Vaccination in the Punjab 1883-1896 - 1883-1896
Year: 1883
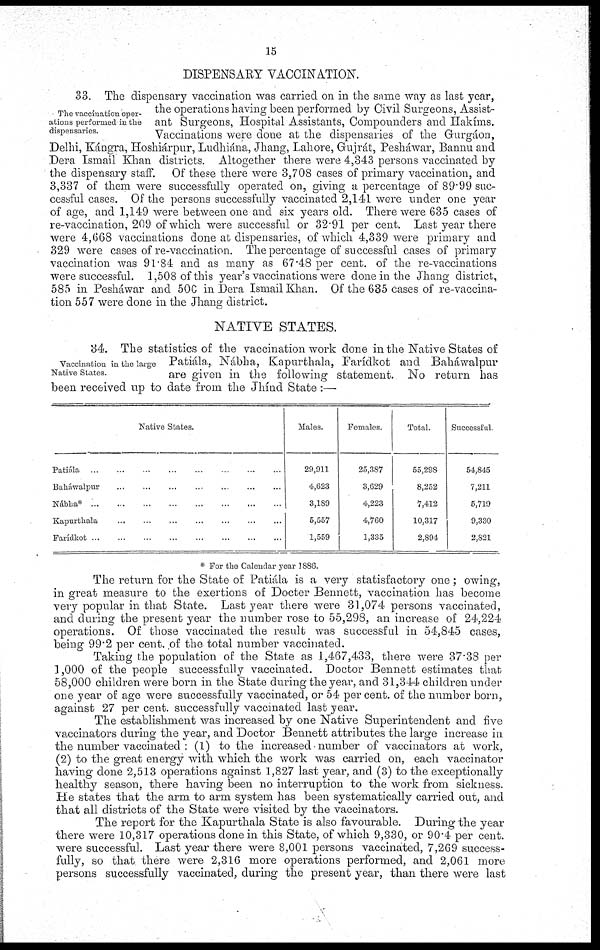
15
DISPENSARY VACCINATION.
The vaccination oper-
ations performed in the
dispensaries.
33. The dispensary vaccination was carried on in the same way as last year,
the operations having been performed by Civil Surgeons, Assist-
ant Surgeons, Hospital Assistants, Compounders and Hakíms.
Vaccinations were done at the dispensaries of the Gurgáon,
Delhi, Kángra, Hoshiárpur, Ludhiána, Jhang, Lahore, Gujrát, Pesháwar, Bannu and
Dera Ismail Khan districts. Altogether there were 4,343 persons vaccinated by
the dispensary staff.
Of these there were 3,708 cases of primary vaccination, and
3,337 of them were successfully operated on, giving a percentage of 89.99 suc-
cessful cases. Of the persons successfully vaccinated 2,141 were under one year
of age, and 1,149 were between one and six years old. There were 635 cases of
re-vaccination, 209 of which were successful or 32.91 per cent. Last year there
were 4,668 vaccinations done at dispensaries, of which 4,339 were primary and
329 were cases of re-vaccination. The percentage of successful cases of primary
vaccination was 91.84 and as many as 67.48 per cent. of the re-vaccinations
were successful. 1,508 of this year's vaccinations were done in the Jhang district,
585 in Pesháwar and 50C in Dera Ismail Khan. Of the 635 cases of re-vaccina-
tion 557 were done in the Jhang district.
NATIVE STATES.
Vaccination in the large
Native States.
34. The statistics of the vaccination work done in the Native States of
Patiála, Nábha, Kapurthala, Farídkot and Baháwalpur
are given in the following statement. No return has
been received up to date from the Jhínd State :—
Native States.
Patiála
...
...
...
...
...
...
...
...
Baháwalpur
...
...
...
...
...
...
...
Nábha*
...
...
...
...
...
...
...
...
Kapurthala ... ... ... ... ... ... ...
Farídkot
...
...
...
...
...
...
...
...
Males.
29,911
4,623
3,189
5,557
1,559
Females.
25,387
3,629
4,223
4,760
1,335
Total.
55,298
8,252
7,412
10,317
2,894
Successful.
54,845
7,211
5,719
9,330
2,821
* For the Calendar year 1886.
The return for the State of Patiála is a very statisfactory one; owing,
in great measure to the exertions of Docter Bennett, vaccination has become
very popular in that State. Last year there were 31,074 persons vaccinated,
and during the present year the number rose to 55,298, an increase of 24,224
operations. Of those vaccinated the result was successful in 54,845 cases,
being 99.2 per cent. of the total number vaccinated.
Taking the population of the State as 1,467,433, there were 37.38 per
1,000 of the people successfully vaccinated. Doctor Bennett estimates that
58,000 children were born in the State during the year, and 31,344 children under
one year of age were successfully vaccinated, or 54 per cent. of the number born,
against 27 per cent. successfully vaccinated last year.
The establishment was increased by one Native Superintendent and five
vaccinators during the year, and Doctor Bennett attributes the large increase in
the number vaccinated : (1) to the increased number of vaccinators at work,
(2) to the great energy with which the work was carried on, each vaccinator
having done 2,513 operations against 1,827 last year, and (3) to the exceptionally
healthy season, there having been no interruption to the work from sickness.
He states that the arm to arm system has been systematically carried out, and
that all districts of the State were visited by the vaccinators.
The report for the Kapurthala State is also favourable. During the year
there were 10,317 operations done in this State, of which 9,330, or 90.4 per cent.
were successful. Last year there were 8,001 persons vaccinated, 7,269 success-
fully, so that there were 2,316 more operations performed, and 2,061 more
persons successfully vaccinated, during the present year, than there were last